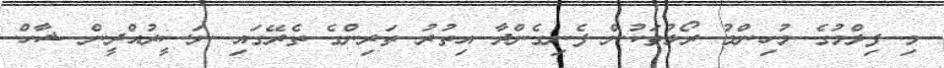
މި ފިލްމުގެ މުހިންމު ރޯލުތަކުން ފެނިގެންދާ އިތުރު ތަރިންގެ ތެރޭގައި ނަސީރުއްދީން ޝާހް